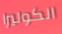
الكوليرا